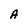
Character: A